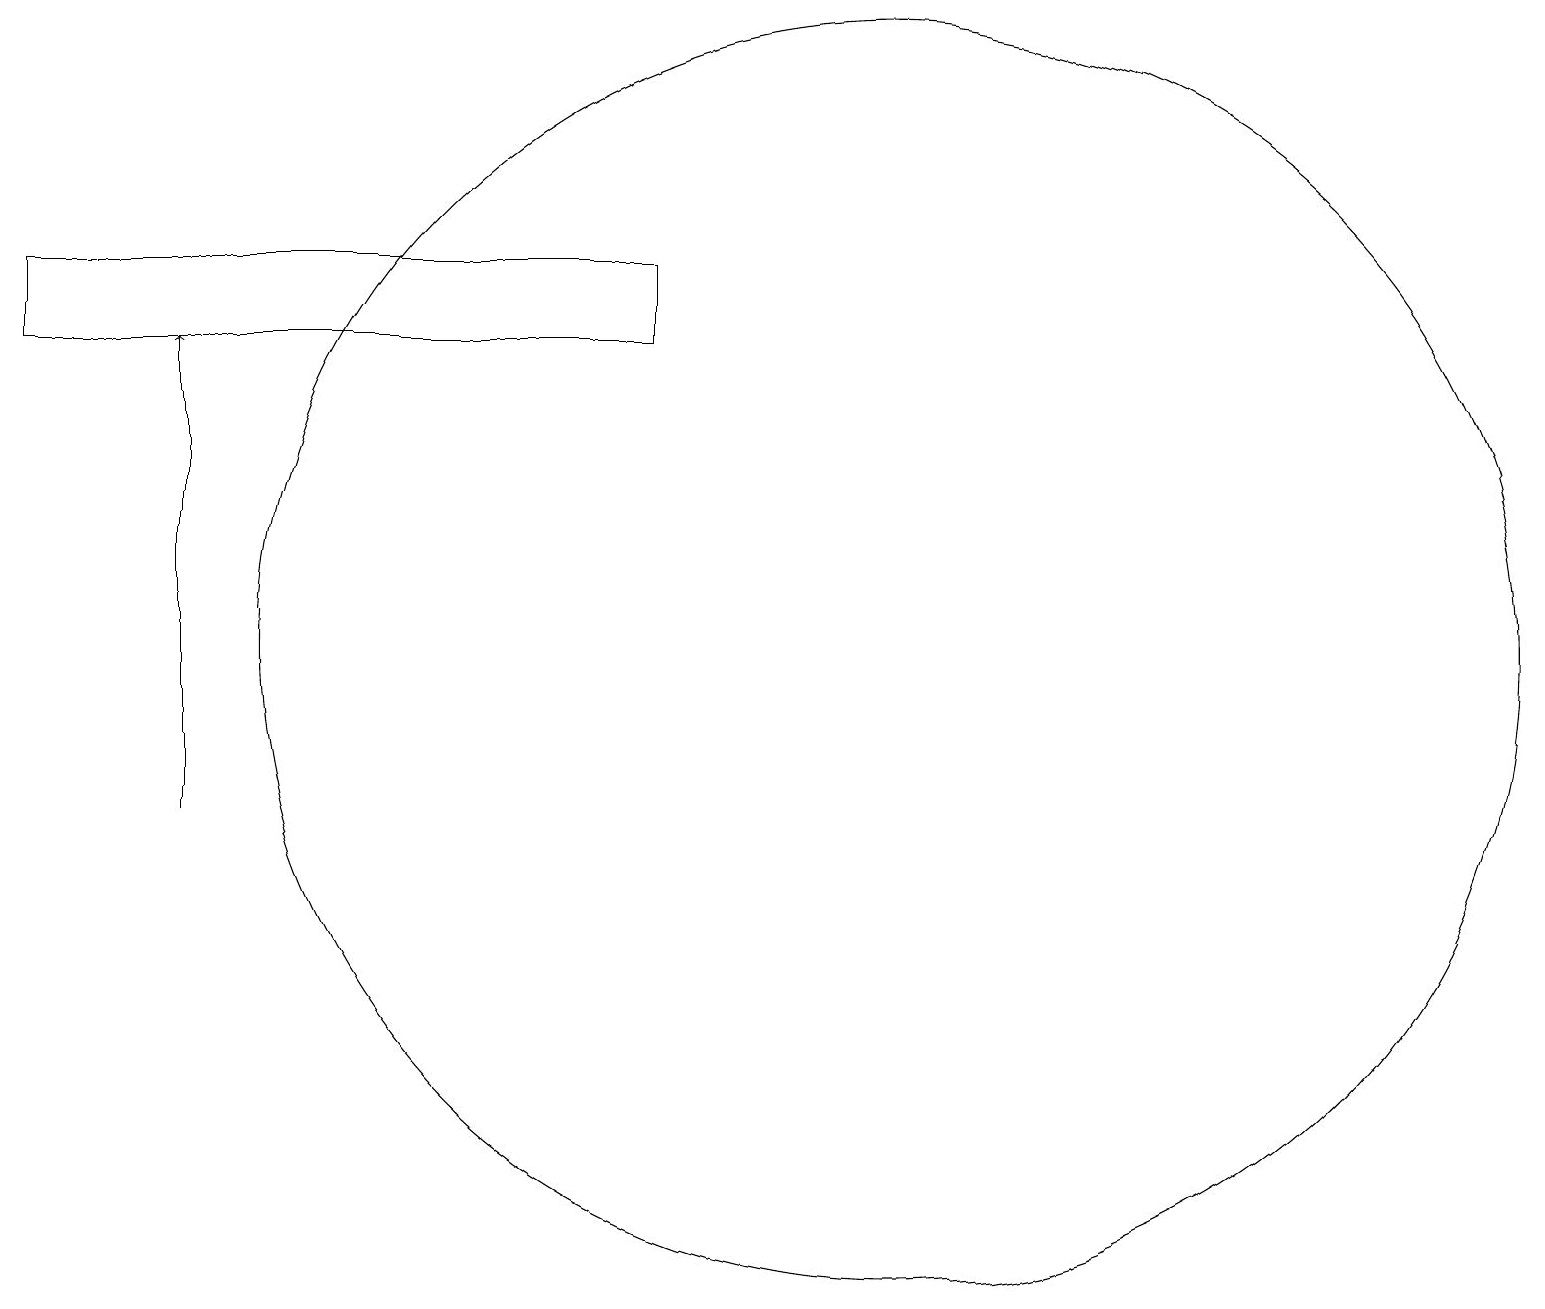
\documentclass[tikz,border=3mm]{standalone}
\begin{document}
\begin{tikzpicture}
\draw (0,17) rectangle (8,16);
\draw[->] (2,10) -- (2,16);
\draw (11,12) circle (8);
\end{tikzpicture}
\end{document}